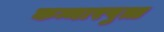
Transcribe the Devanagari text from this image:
कम्मारपुत्त